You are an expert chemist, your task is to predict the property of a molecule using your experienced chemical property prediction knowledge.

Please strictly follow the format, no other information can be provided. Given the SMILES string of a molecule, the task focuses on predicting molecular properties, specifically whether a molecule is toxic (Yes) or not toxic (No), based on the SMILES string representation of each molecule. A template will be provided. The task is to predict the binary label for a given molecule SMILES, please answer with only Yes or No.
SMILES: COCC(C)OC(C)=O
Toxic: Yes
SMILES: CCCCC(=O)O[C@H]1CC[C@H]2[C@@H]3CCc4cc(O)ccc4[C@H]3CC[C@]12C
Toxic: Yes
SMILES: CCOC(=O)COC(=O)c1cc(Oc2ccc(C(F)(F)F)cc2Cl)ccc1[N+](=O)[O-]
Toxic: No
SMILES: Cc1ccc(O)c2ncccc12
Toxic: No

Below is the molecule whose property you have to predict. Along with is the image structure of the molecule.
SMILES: O=C(CCl)c1ccccc1
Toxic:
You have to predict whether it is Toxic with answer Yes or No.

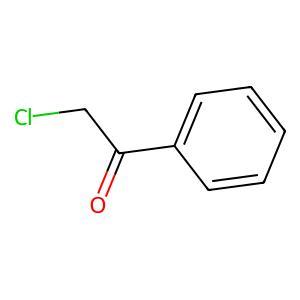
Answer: No